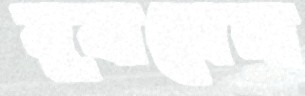
বুঝলেনা